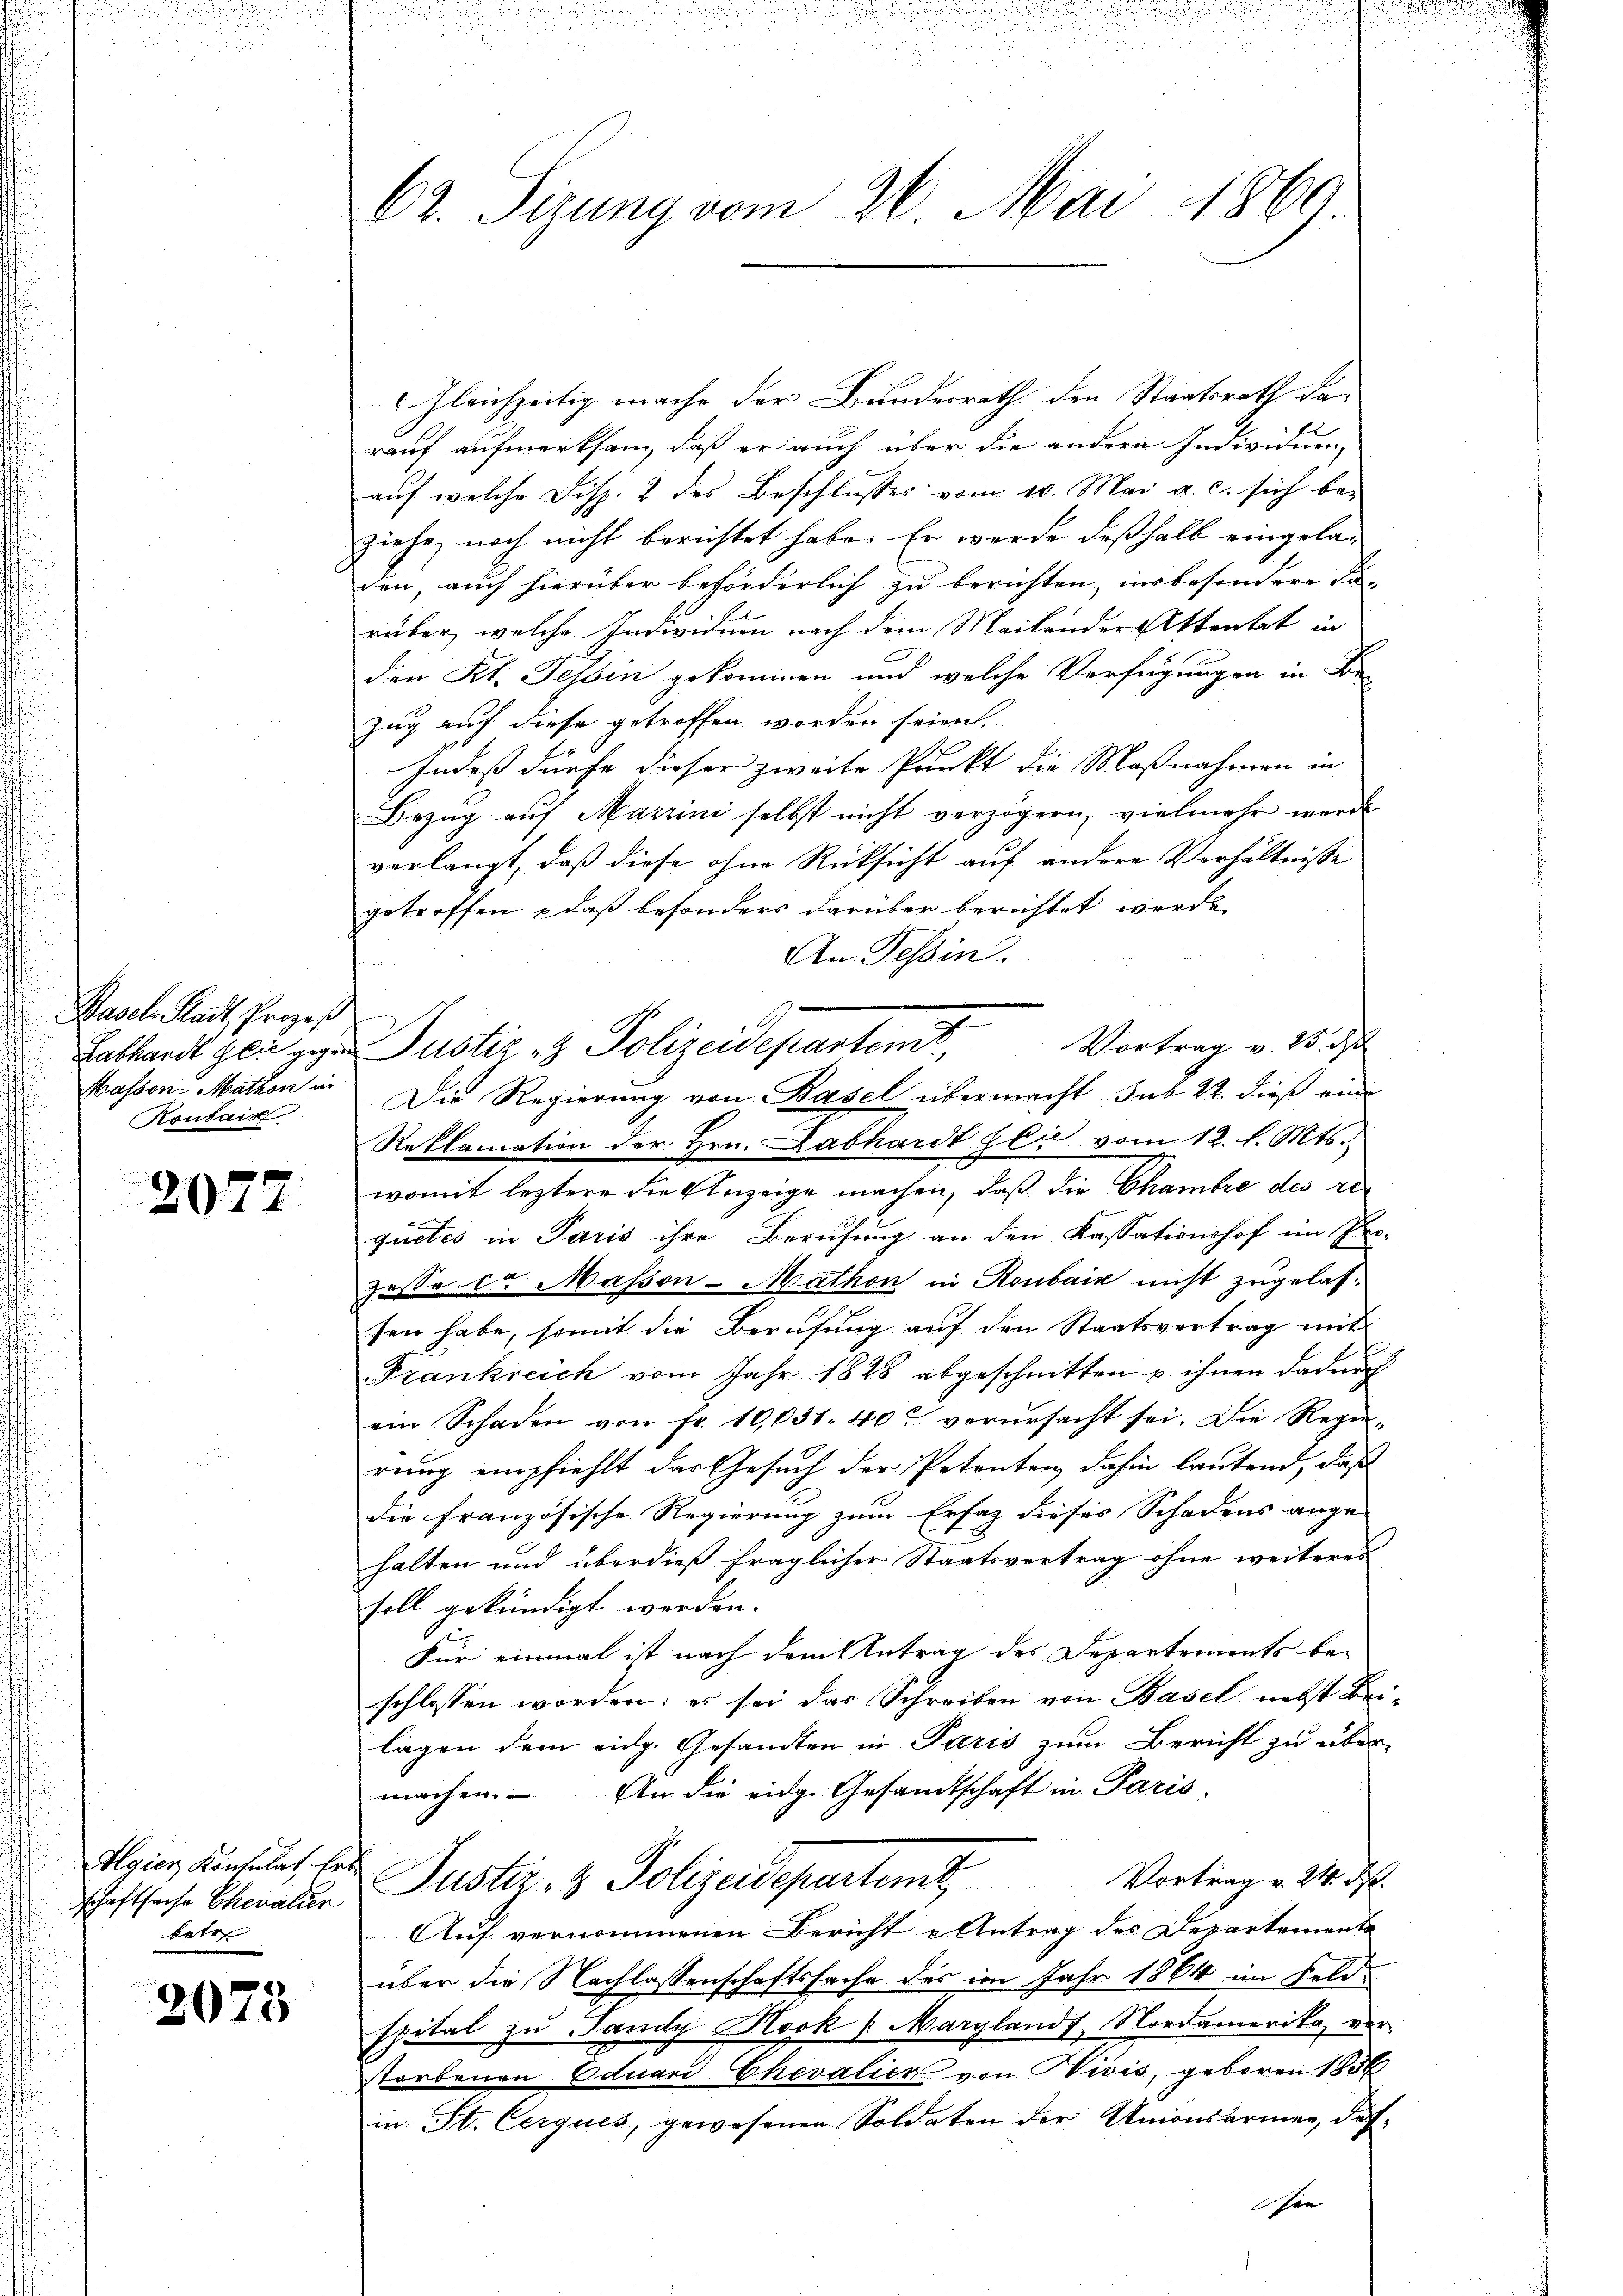
Basel-Stadt, Prozeß
Massen-Mathon in
Kontair

2077

schaftsache Ehevalien
betre

2073

62. Sizung vom 26. Mai 1860

GGleichzeitig mache der Bundesrath den Staatsrath darauf aufmerksam, daß er auch über die andern Individuen,
auf welche Disp. 2 des Beschlusses vom 10. Mai a. c. sich beziehe, noch nicht berichtet habe. Er werde deßhalb eingeladen, auch hierüber beförderlich zu berichten, insbesondere Fa-
rüber, welche Individuen nach dem Mailander Attentat in
den Kt. Tessin gekommen und welche Verfügungen in Be
zug auf diese getroffen worden seien.
Indes dürfe dieser zweite Punkt die Maßnahmen in
Bezŭg aŭf Martini selbst nicht verzögern, vielmehr werde
verlangt, daß diese ohne Rücksicht auf andere Verhältnisse
getroffen – daß besonders darüber berichtet werde.
An Tessin.
n
Reklamation der Hrn. Labhardt zli vom 12. l. Mts.
womit leztere die Anzeige machen, daß die Chambre des requetes in Paris ihre Berufung an den Kassationshof im Pro-
zesse der Massen-Mathon in Ronbair nicht zugelas-
sen habe, somit die Berufung auf den Staatsvertrag mit
Frankreich vom Jahr 1828 abgeschnitten u ihnen dadurch
ein Schaden von fr. 10,031. 40. verŭrsacht sei. Die Regie-
rung empfiehlt das Gesuch der Petenten, dahin lautend, daß
die französische Regierung zum Ersatz dieses Schadens ange-
halten und überdieß fraglicher Staatsvertrag ohne weiteres
soll gekündigt werden.
Für einmal ist nach dem Antrag des Departements be-
schlossen worden: es sei das Schreiben von Basel nebst Beilagen dem eidg. Gesandten in Paris zum Bericht zu über-
machen. An die eidg. Gesandtschaft in Paris
lgier Ansehet, der Justiz- & Polizeidepartem Vortrag v. 24. d.
Auf vernommenen Bericht u Antrag des Departemente
über die Nachlassenschaftssache des im Jahr 1864 im Feldspital zu Pandy Heck (Marglands, Nordamerika, ver-
storbenen Eduard Chevalier von Vivis, geboren 1856
in: St. Cerques, gewesenen Soldaten der Unionsärmen, dassen |

Labhardt gen gegen Justiz- & Polizeidepartent, Vortrag v. 15. d
Die Regierung von Basel übermacht sub 22. dieß eine